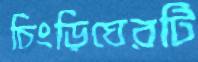
চিংড়িঘেরটি